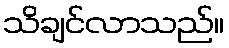
သိချင်လာသည်။